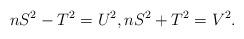
LaTeX: \begin{align*}nS^{2}-T^{2}=U^{2},nS^{2}+T^{2}=V^{2}.\end{align*}